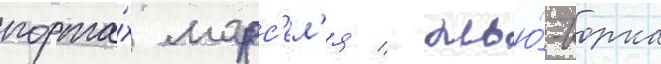
порта́х марс'ел'я / нью́-иорка